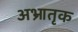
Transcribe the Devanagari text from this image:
अभ्रातृक